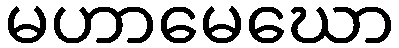
မဟာမေဃော